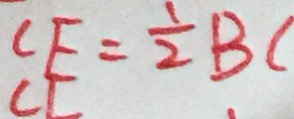
C E = \frac { 1 } { 2 } B C